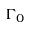
\Gamma _ { 0 }